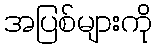
အပြစ်များကို